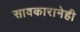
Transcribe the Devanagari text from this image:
सावकारानेही